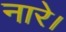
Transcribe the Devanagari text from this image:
नारे।